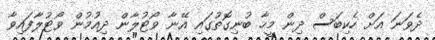
ދެވަނަ އަށް ހެކިބަސް ދިން މީހާ ބުނިގޮތުގައި އޭނާ ވޯޓުލާން ދިއުމުން ވޯޓުލާފައިވާ